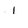
Character: l